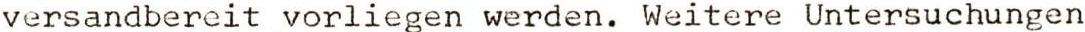
versandbereit vorliegen werden. Weitere Untersuchungen